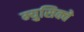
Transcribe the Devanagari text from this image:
म्युसिक्वे